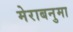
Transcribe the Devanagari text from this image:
मेराबनुमा